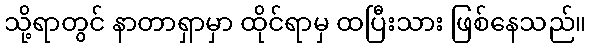
သို့ရာတွင် နာတာရှာမှာ ထိုင်ရာမှ ထပြီးသား ဖြစ်နေသည်။